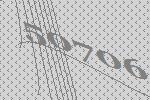
50706